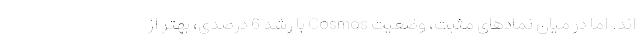
اند. اما در میان نمادهای مثبت، وضعیت Cosmos با رشد 6 درصدی، بهتر از